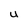
Character: U